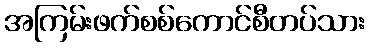
အကြမ်းဖက်စစ်ကောင်စီတပ်သား